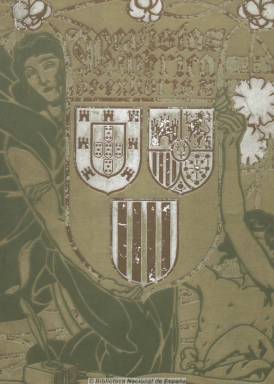
Título: Revista ibérica de exlibris
Otros títulos: Revista ibérica de ex libris, seguida del Inventario de exlibris ibéricos || Inventario de exlibris ibéricos
Colección: Libros
Ámbito geográfico: Barcelona
Lugar de publicación: Barcelona
Fechas: 01/01/1903-31/12/1906

Excepcional publicación fruto del nacimiento del movimiento exlibrístico en España, o más propiamente catalán, cuya primera referencia en España data de 1875 pero que se desarrolla principalmente a partir de la muestra de la Biblioteca Nacional de París en la Exposición Universal de 1898, la Exposición Nacional de Bellas Artes de 1901, en Madrid, y la fundación de la Associació d’Exlibristes Ibèrics, en 1902. Bibliófilos, coleccionistas, artistas plásticos, tipógrafos, grabadores, eruditos y escritores convergen en esta revista especializada en las pequeñas obras de arte destinadas a marcar, a través de grabados, etiquetas o sellos, el nombre del poseedor de los libros, cuya expresión –ex libris- no aparecerá en el Diccionario de la Real Academia Española hasta su edición de 1927.

La revista comienza a publicarse en 1903 y en ella convergen Ramón Miquel y Planas (1874-1950), fundador de la citada asociación; su hermano, Josep Miquel i Planas; Josep Triadó (1870-1929), Pau Font de Rubinat (1860-1948), Víctor Oliva Sala (1884-1948), Alexandre de Riquer (1856-1920), Frederic J. Miracle, Joan Furnells, Eduard Puig i Valls, así como el abogado madrileño Manuel Conrotte.

Profusa y ricamente ilustrada con grabados y láminas encartadas, algunos a varias tintas, contiene estudios sobre los antecedentes históricos, descripciones físicas, transcripciones simbólicas de ex libris, tanto de colecciones privadas como públicas, listas de coleccionistas, bibliografía, actualidad e inventarios ibéricos, como el índice-inventario de 537 ex libris de España y Portugal, pues sus artífices quisieron ampliar su estudio a toda la península, e incluso al extranjero, apareciendo sus textos, además de en lengua castellana y catalana, en la portuguesa.

La colección de la revista, de aparición trimestral y con suplementos bibliográficos, la forman cuatro volúmenes anuales, hasta 1906, pulcramente estampados, el primero por Joan Oliva y Milà, en la imprenta familiar del padre de Víctor Oliva, en Villanueva y la Geltrú, y los tres siguientes por Fidel Giró, en Barcelona. Las láminas, en la calcografía de J. Furnó. El director artístico de la publicación fue Josep Triadó, autor también de la cabecera, las cubiertas, la encuadernación y las guardas de la revista. El director literario de los dos primeros años fue Ramón Miquel y Planas, que en los dos siguientes fue sustituido por Triadó, quizá por desavenencias en el interior del grupo exlibrístico editor. Además de los ya citados integrantes del grupo, aparecen textos de Marcos Jesús Bertrán, Manuel Marinel, Joaquín Diéguez y Díaz, Emilio Orduño Viguera, P. González Muñoz y Adolfo Loureiro, entre otros.

La revista representa la fase más brillante del movimiento exlibrístico español, en palabras de Joan-Lluís de Yedra, con una alta calidad gráfica y tipográfica y con una clara intención divulgativa, y está enmarcada en el movimiento plástico del modernismo catalán en las artes aplicadas. Cada volumen anual cuenta con índices de artículos, grabados, suplementos e ilustraciones.